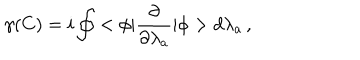
LaTeX: \gamma ( C ) = i \oint < \phi | \frac { \partial } { \partial \lambda _ { a } } | \phi > d \lambda _ { a } \, { , }